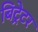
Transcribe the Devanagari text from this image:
बिट्रेटर